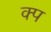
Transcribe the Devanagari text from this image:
क्प